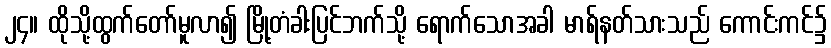
၂၄။ ထိုသို့ထွက်တော်မူလာ၍ မြို့တံခါးပြင်ဘက်သို့ ရောက်သောအခါ မာရ်နတ်သားသည် ကောင်းကင်၌